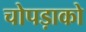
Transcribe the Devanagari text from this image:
चोपड़ाको